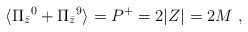
\begin{align*}\langle \Pi_{\bar z}{}^0 +\Pi_{\bar z}{}^9\rangle =P^+ = 2 |Z| = 2 M \ ,\end{align*}